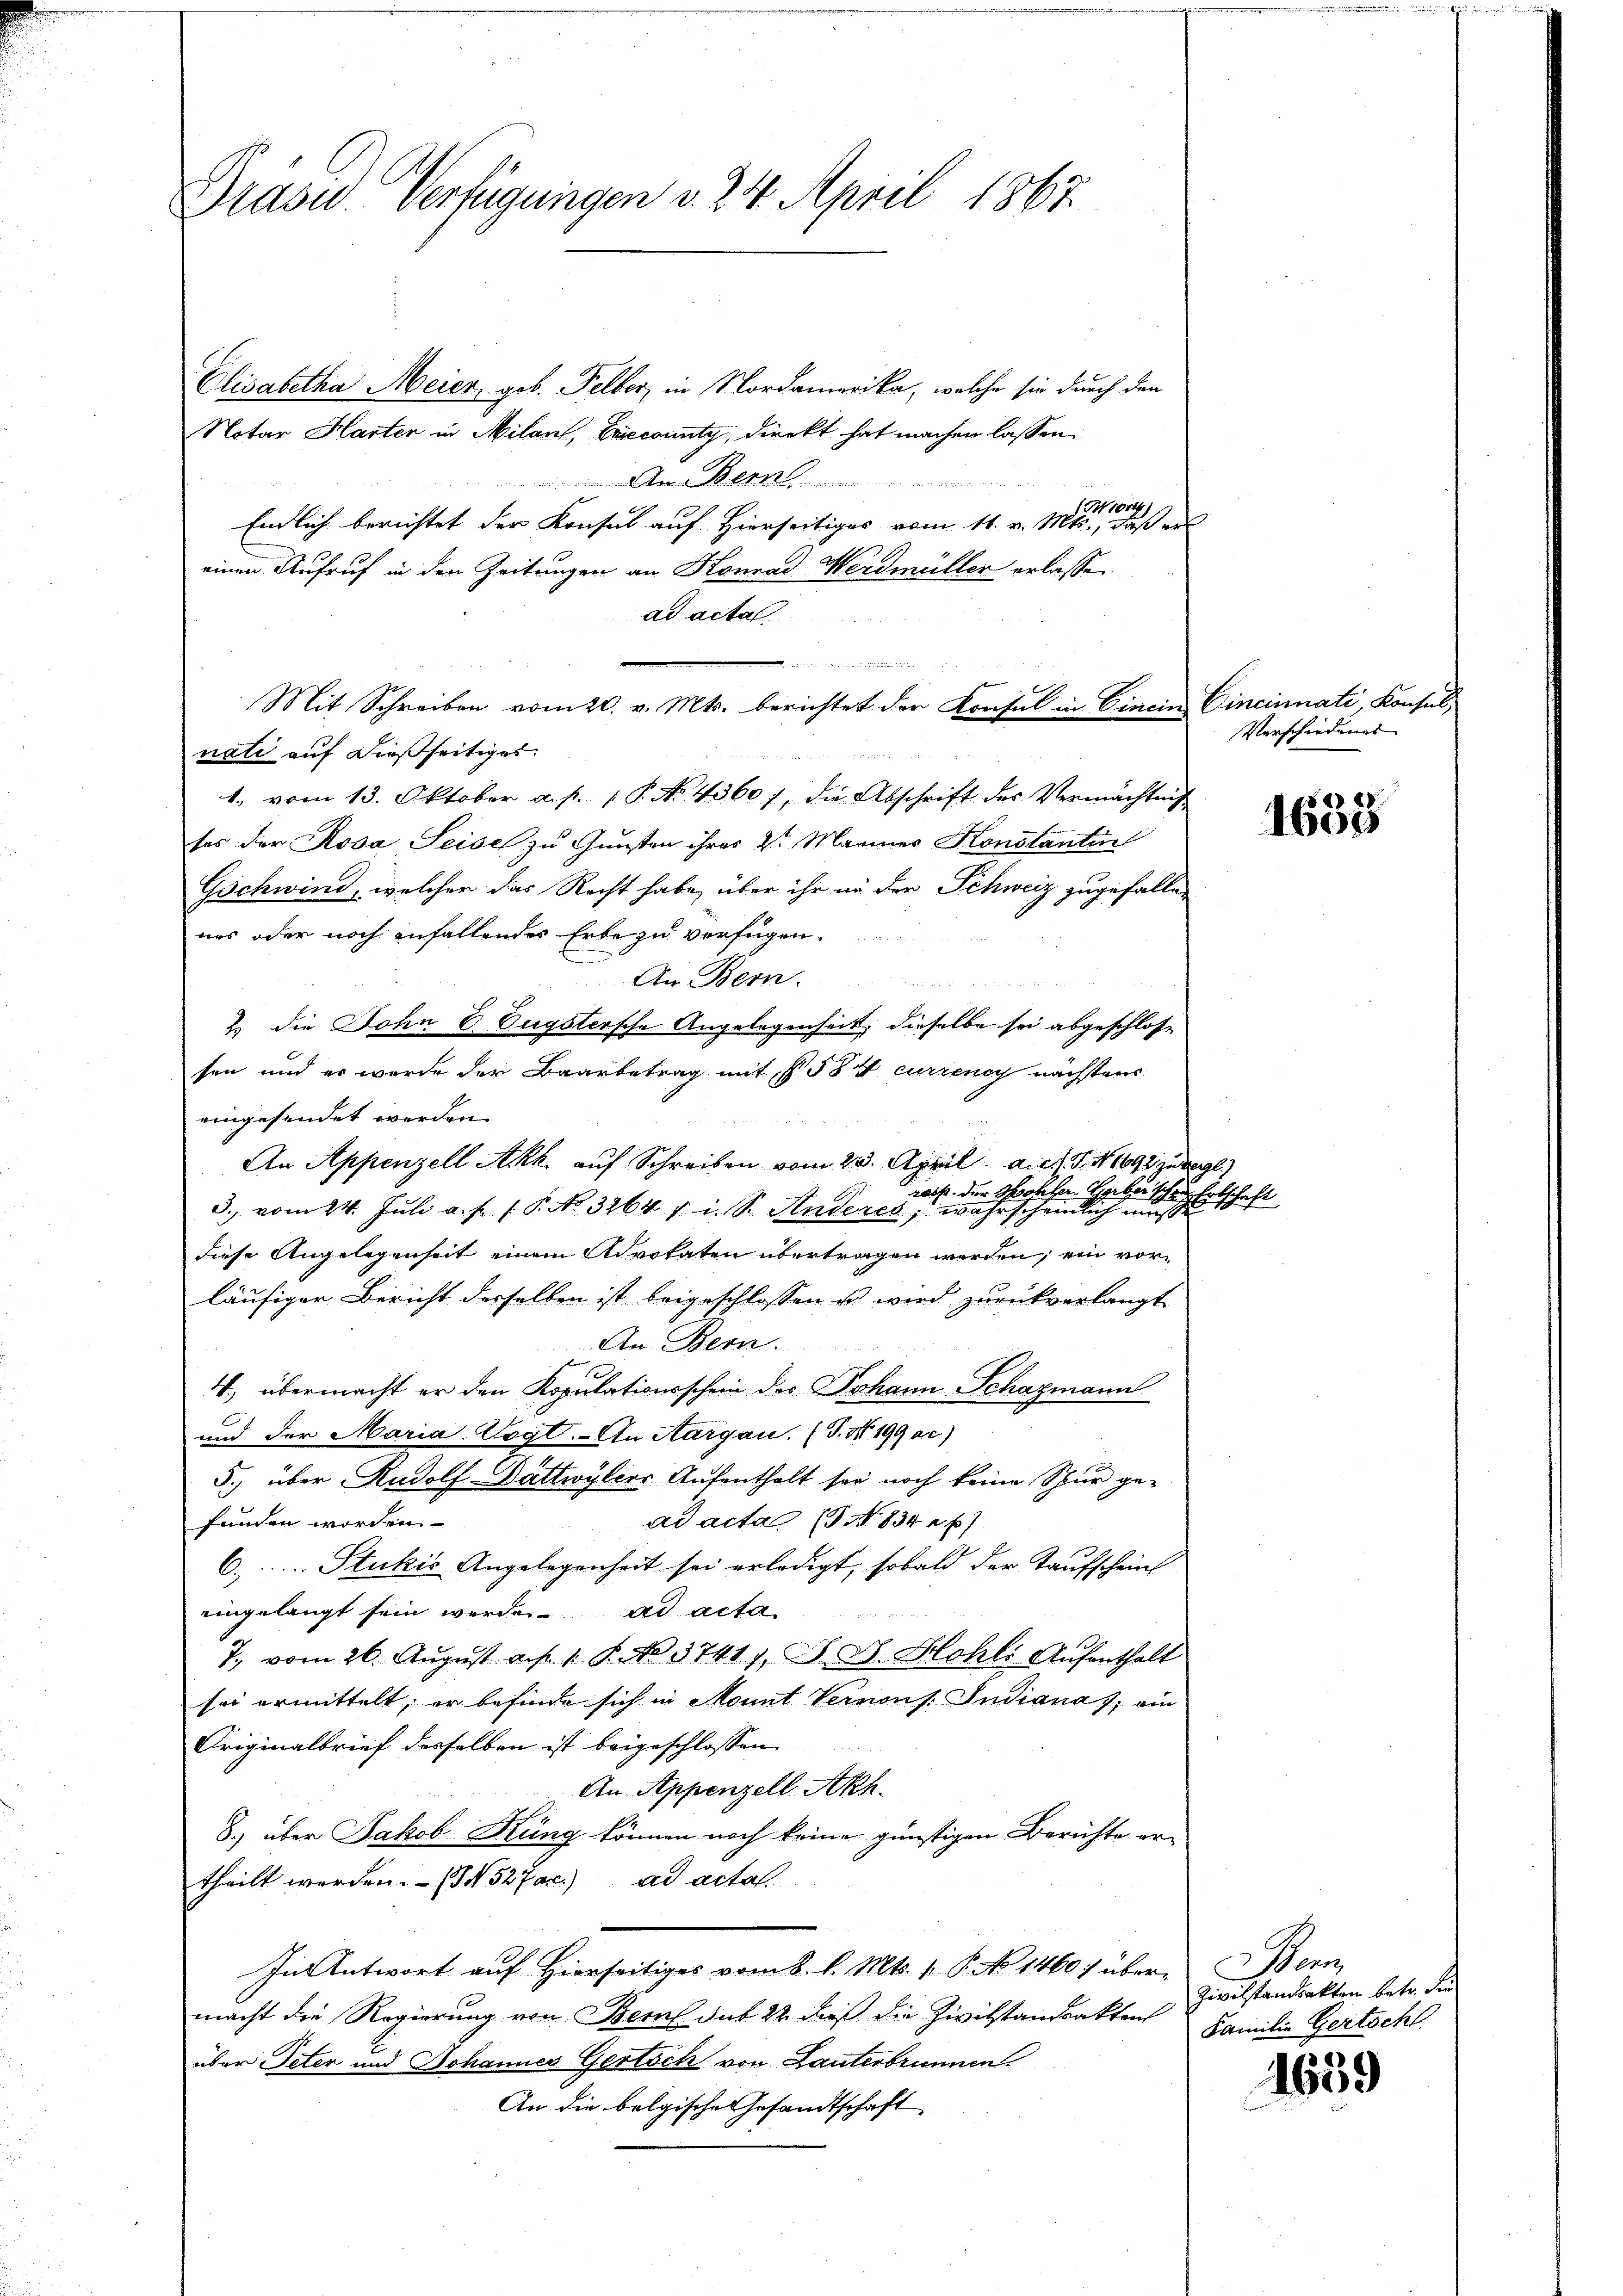
Grasw. Verfügungen v. 24. April 1867.

Elisabetha Meier, geb. Felber, in Nordamerika, welche sie durch den
Notar Harter in Milans, Ericcounty, direkt hat machen lassen.
.............
1014.
Endlich berichtet der Konsul auf Hierseitiges vom 11. v. Mts., daß er
einen Aufruf in den Zeitungen an Konrad Werdmüller erlasse
ad acta
 , in
Mit Schreiben vom 20. v. Mts. berichtet der Konsul in Cincin Cincinnati, Konsul,
nati auf dießseitiges:
1. vom 13. Oktober a. p. 1 P. No 4360), die Abschrift des Vermachtung
ses der Rosa Seise zu Gunsten ihres 2t Mariner Konstantin
Gschwind, welcher das Recht habe, über ihr in der Schweiz zugefallen
ars oder noch anfallendes Erbe zu verfügen.
An Bern.
2. die John C. Eugstersche Angelegenheit, dieselbe sei abgeschlosse
sen und es wurde der Baarbetrag mit f. 584 currency nächstens
eingesendet werden.

An Appenzell Akk. auf Schreiben vom 23. April a.c. S. 41691 zu begl
ross. Der Sohler. Gart
3. vom 24. Juli a. f. 1. P. No. 3264 v. i. S. Anderes, wahrscheinlich und Entschaft
diese Angelegenseit einem Advokaten übertragen werden, ein vorläufiger Bericht derselben ist beigeschlossen ist wird zurückverlangt
An Bern.
4, übermacht er den Kopulationsschein des Johann Schazmann
und der Maria. Vogt.- An Aargau. (T. No. 199 ac)
5.) über Rudolf Dattwylers Aufenthalt ser noch keine Schur gefunden worden.
ad acta (T NNo. 834 n 67
C. Stukis Angelegenheit sei erledigt, sobald der Taufschein
eingelangt sein werde. ad acta
7., vom 26. August auf 1 S. 37411, D. R. Hohli Aufenthalt
sei ermittelt, er befinde sich in Monnt Versions. Indianas, ein
Originalbrief desselben ist beigeschlossen
An Appenzell Akch.
8.) über Jakob Küng können noch keine günstigen Berichte ertheilt werden. - (N 527ac) ad actal
In Antwort auf Hierseitiges vom 8. l. Mts. p. P. No 1460) über Bern,
macht die Regierung von Bern sub 22 dieß die Zivilstandsakten
über Peten und Johannes Gertsch von Lanterbrunnen.
An die belgische Gesandtschaft

Verschiedungs-

5«) 1)
1600

Zivilstandsakten betr. die
Familie Gertschl

1639